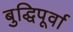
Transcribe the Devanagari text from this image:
बुद्धिपूर्वा